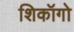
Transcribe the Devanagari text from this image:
शिकॉगो